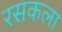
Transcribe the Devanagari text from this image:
रसकला